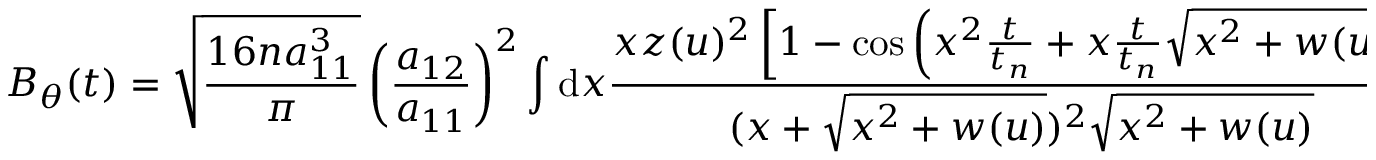
B _ { \theta } ( t ) = \sqrt { \frac { 1 6 n a _ { 1 1 } ^ { 3 } } { \pi } } \left( \frac { a _ { 1 2 } } { a _ { 1 1 } } \right) ^ { 2 } \int \mathrm { d } x \frac { x z ( u ) ^ { 2 } \left[ 1 - \cos \left( x ^ { 2 } \frac { t } { t _ { n } } + x \frac { t } { t _ { n } } \sqrt { x ^ { 2 } + w ( u ) } \right) \right] } { ( x + \sqrt { x ^ { 2 } + w ( u ) } ) ^ { 2 } \sqrt { x ^ { 2 } + w ( u ) } } .